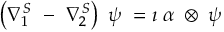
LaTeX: B ^ { E } = \left( \begin{array} { l l l } { { 0 } } & { { a F } } & { { 0 } } \\ { { a ^ { * } F } } & { { { \frac { 1 6 } { 3 } } E } } & { { 0 } } \\ { { 0 } } & { { 0 } } & { { { \frac { 2 } { 3 } } D } } \end{array} \right)